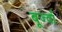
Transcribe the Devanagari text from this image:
बूर्ज्वा